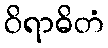
ဝိရာဓိတံ